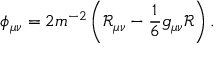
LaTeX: \phi _ { \mu \nu } = 2 m ^ { - 2 } \left( \mathcal { R } _ { \mu \nu } - \frac { 1 } { 6 } g _ { \mu \nu } \mathcal { R } \right) .